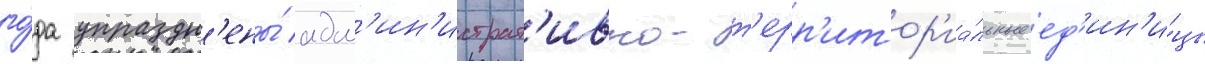
го́да упраздн'ены́ адм'ин'истрат'ивно-т'ерр'итор'иа́льные ед'ин'и́цы